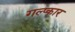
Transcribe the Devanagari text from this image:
गल्प्कार